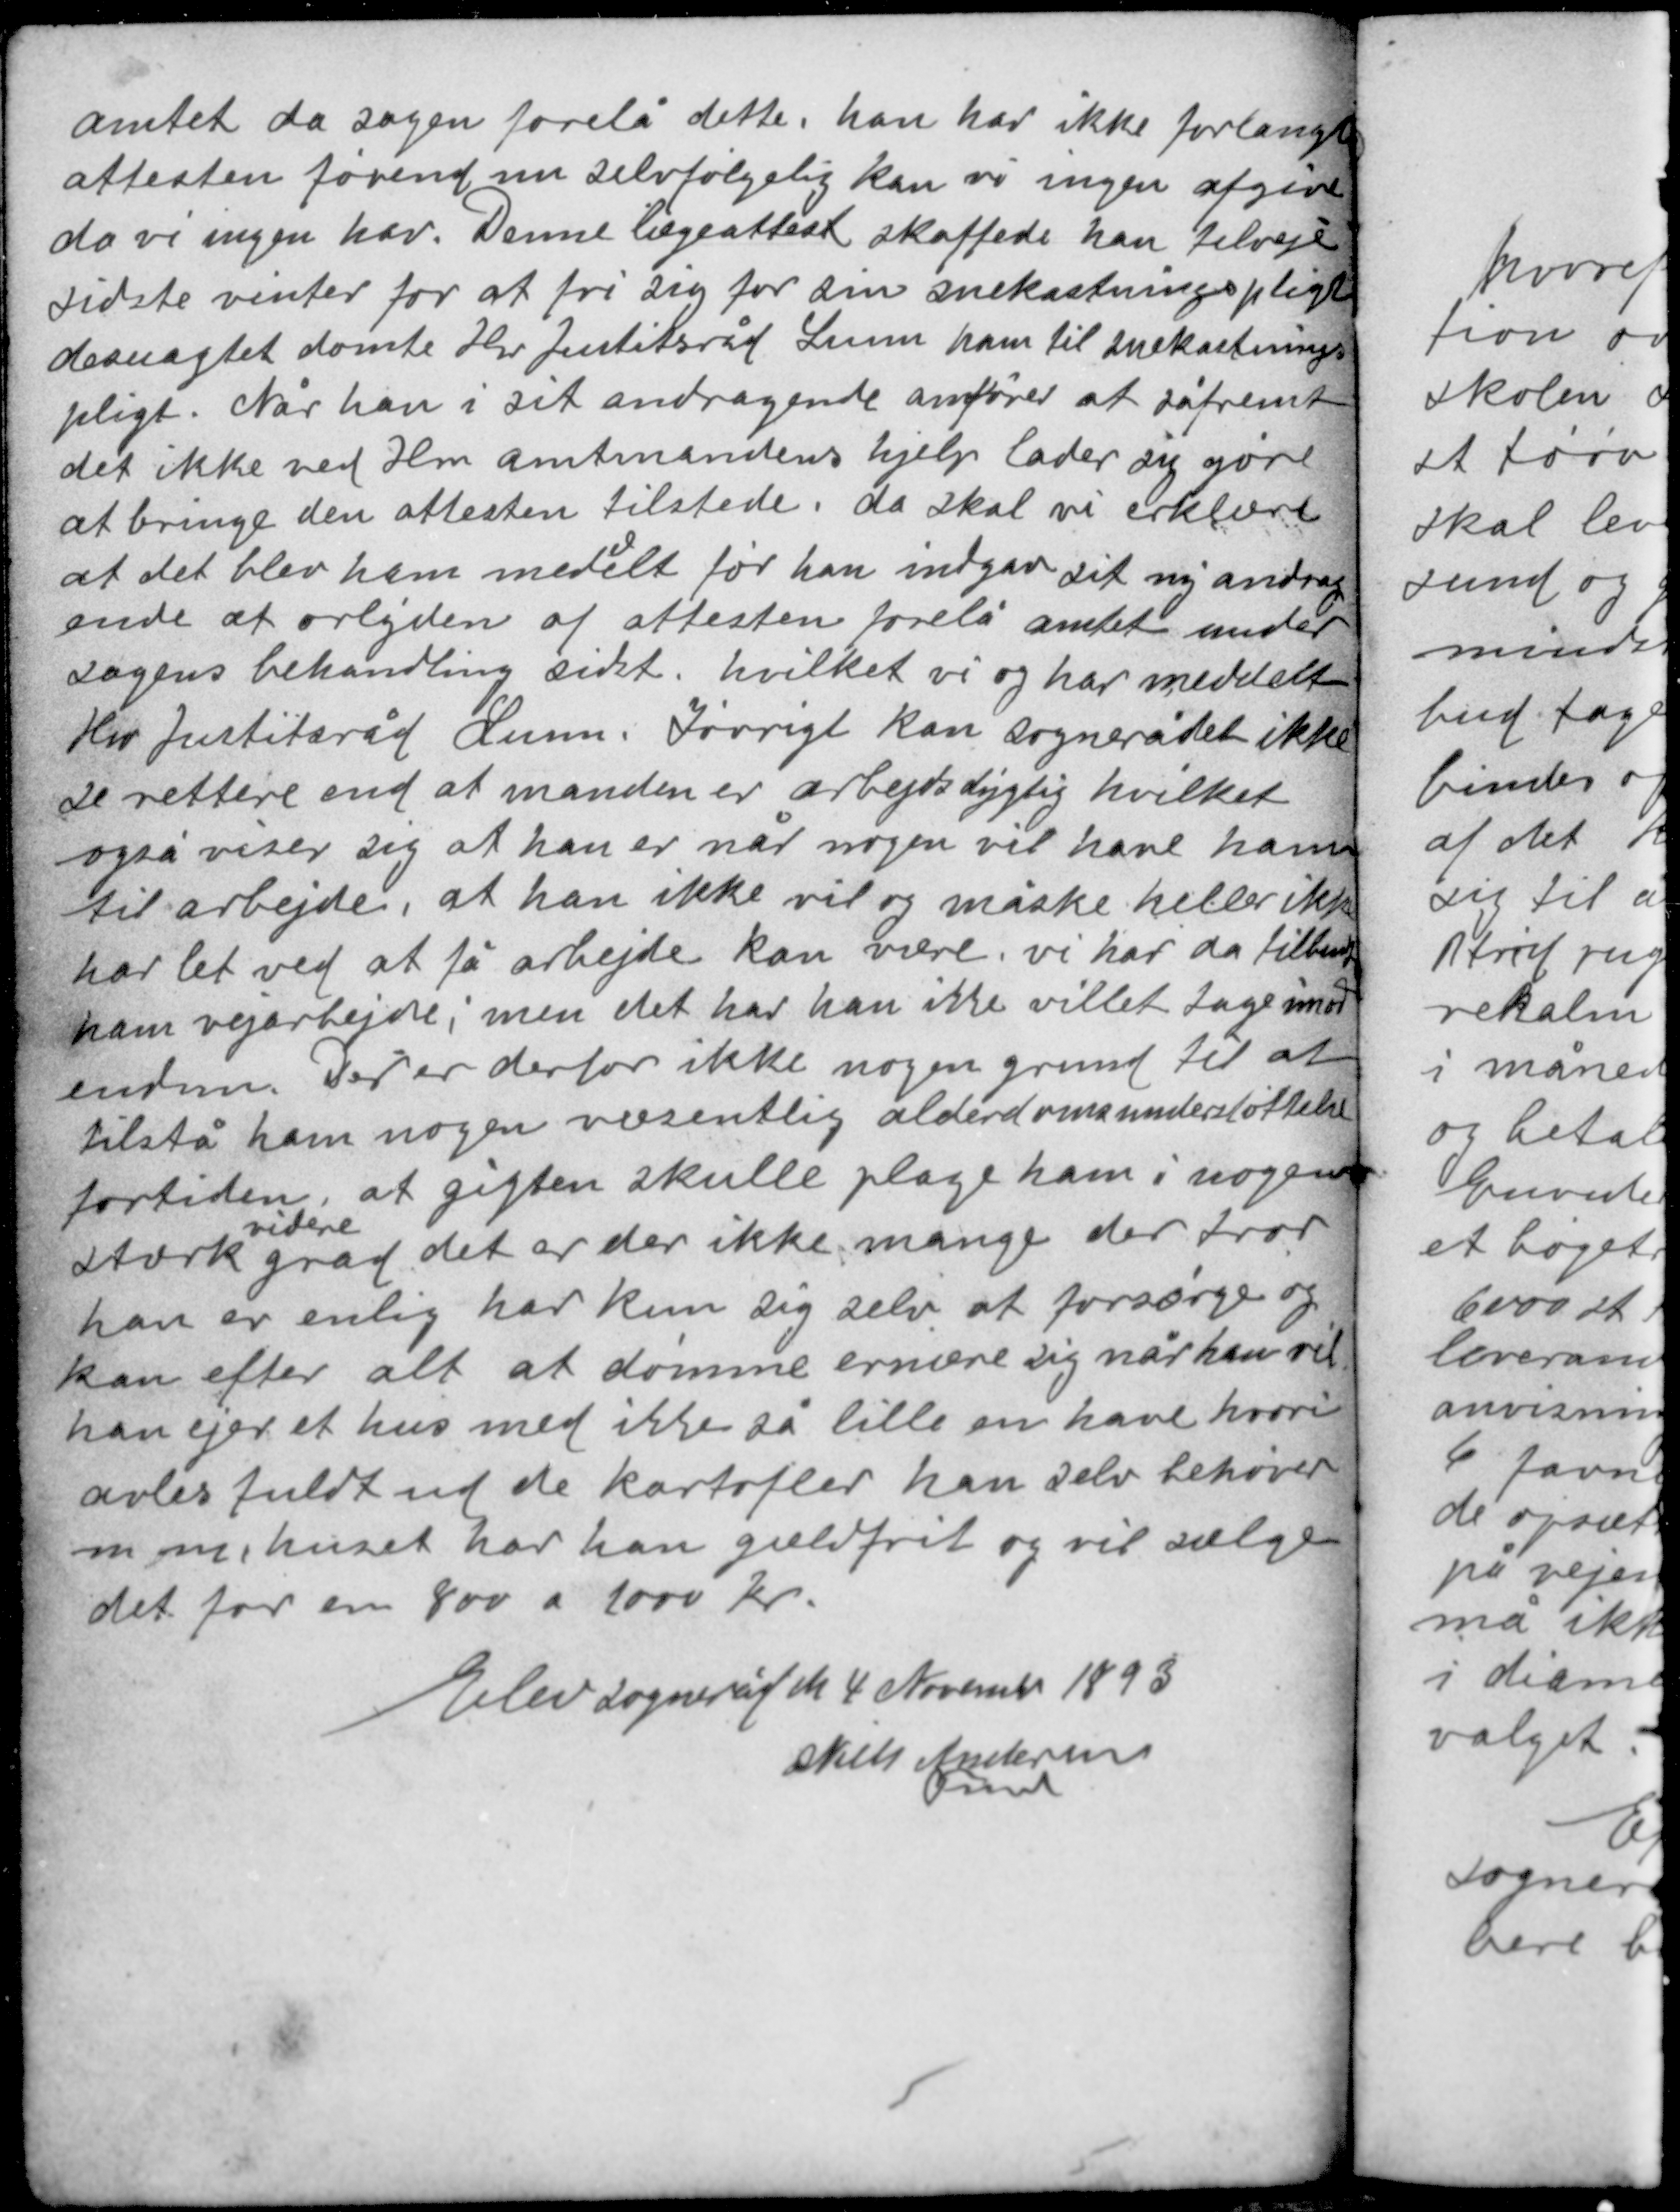
Transskription:
amtet da sagen forelå dette. han har ikke forlangt
attesten førend nu selvfølgelig kan vi ingen afgive
da vi ingen har. Denne lægeattest skaffede han tilveje
sidste vinter for at fri sig for sin snekastningspligt
desuagtet dømte Hr Justitsråd Lunn ham til snekastnings-
pligt. Når han i sit andragende anfører at såfremt
det ikke med Hr amtmandens hjælp lader sig gøre
at bringe den attesten tilstede da skal vi erklære

d
at det blev ham medelt før han indgav sit ny andrag-
ende at orlyden af attesten forelå amtet under
sagens behandling sidst, hvilket vi og har meddelt
Hr Justitsråd Lunn. Iøvrigt kan sognerådet ikke
se rettere end at manden er arbejdsdygtig hvilket
også viser sig at han er når nogen vil have ham
til arbejde, at han ikke vil og måske heller ikke
har let ved at få arbejde kan være, vi har da tilbudt
ham vejarbejde; men det har han ikke villet tage imod
endnu. Der er derfor ikke nogen grund til at
tilstå ham nogen væsentlig alderdomsunderstøttelse

fortiden at gigten skulle plage ham i nogen
videre
stærk grad det er der ikke mange der tror
han er enlig har kun sig selv at forsørge og
kan efter alt at dømme ernære sig når han vil
han ejer et hus med ikke så lille en have hvori
avles fuldt ud de kartofler han selv behøver
m m, huset har han gældfrit og vil sælge
det for en 800 a 1000 kr.

Elev sogneråd d 4 November 1893
Niels Andersen
Fmd